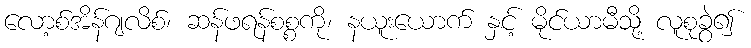
လော့စ်အိန်ဂျလိစ်၊ ဆန်ဖရန်စစ္စကို၊ နယူးယောက် နှင့် မိုင်ယာမီသို့ လူစုခွဲ၍